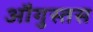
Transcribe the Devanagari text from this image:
औगुस्तस